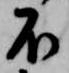
不